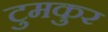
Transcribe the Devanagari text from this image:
टुमकुर